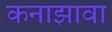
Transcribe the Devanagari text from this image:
कनाझावा